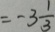
= - 3 \frac { 1 } { 3 }